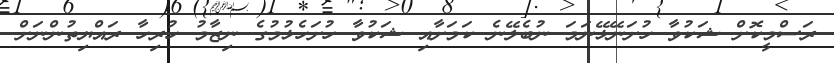
ރަސްމީކޮށް ޝަކުވާ ހުށަނޭޅޭނަމަ ނުބެލޭނެ ކަަމަށާއި ޝަކުވާ ހުށަހެޅުމުގެ ނިޒާމު ހުރިހާ ރައްޔިތުންނަށް